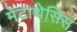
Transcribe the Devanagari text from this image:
मेटाथेसिस